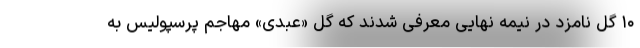
۱۰ گل نامزد در نیمه نهایی معرفی شدند که گل «عبدی» مهاجم پرسپولیس به